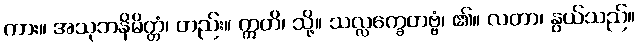
ကား။ အသုဘနိမိတ္တံ၊ တည်း။ ဣတိ၊ သို့။ သလ္လက္ခေတဗ္ဗံ၊ ၏။ လတာ၊ နွယ်သည်။